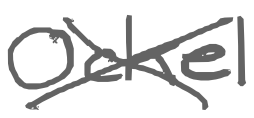
Text: Ockel
Cross-out: cross
Writing tool: digital_gray